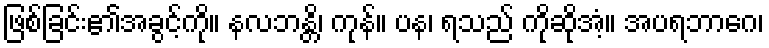
ဖြစ်ခြင်း၏အခွင့်ကို။ နလဘန္တိ၊ ကုန်။ ပန၊ ရသည် ကိုဆိုအံ့။ အပရဘာဂေ၊